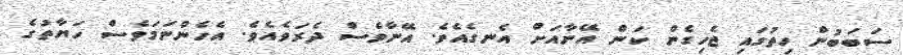
ސަބަބުން ހިތުގައި ޖެހިގެން ކަން އޭނާއަށް އެނގެއެވެ. އޭނާވެސް ދެރަވެއެވެ. އެހެންނަމަވެސް ހަޔާތުގެ